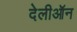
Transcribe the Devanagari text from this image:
देलीऑन